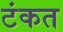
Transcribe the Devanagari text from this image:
टंकत